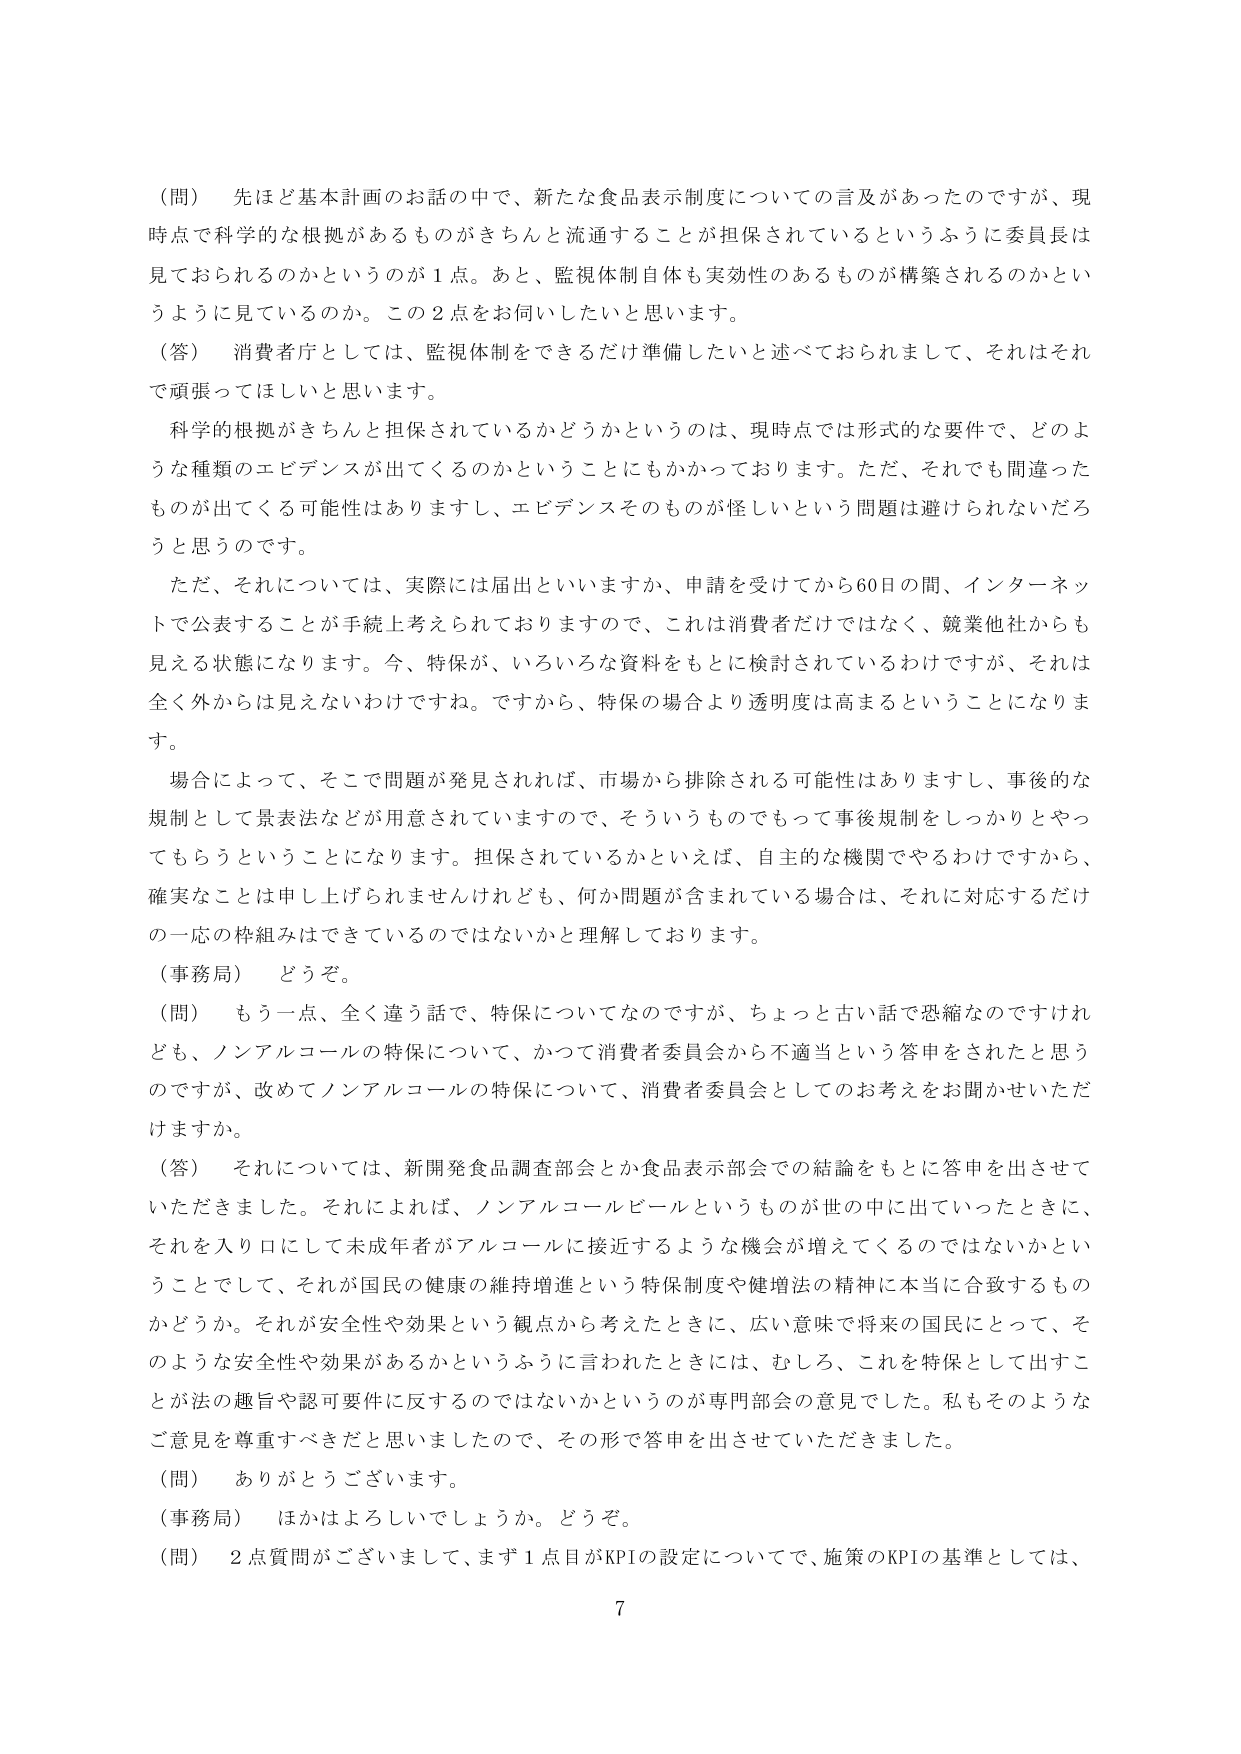
（問） 先ほど基本計画のお話の中で、新たな食品表示制度についての言及があったのですが、現時点で科学的な根拠があるものがきちんと流通することが担保されているというふうに委員長は見ておられるのかというのが１点。あと、監視体制自体も実効性のあるものが構築されるのかというように見ているのか。この２点をお伺いしたいと思います。

（答） 消費者庁としては、監視体制をできるだけ準備したいと述べておられまして、それはそれで頑張ってほしいと思います。

　科学的根拠がきちんと担保されているかどうかというのは、現時点では形式的な要件で、どのような種類のエビデンスが出てくるのかということもかかっております。ただ、それでも間違ったものが出てくる可能性はありますし、エビデンスそのものが怪しいという問題は避けられないだろうと思うのです。

　ただ、それについては、実際には届出といいますか、申請を受けてから60日の間、インターネットで公表することが手続上考えられておりますので、これは消費者だけではなく、競業他社からも見える状態になります。今、特保が、いろいろな資料をもとに検討されているわけですが、それは全く外からは見えないわけですね。ですから、特保の場合より透明度は高まるということになります。

　場合によって、そこで問題が発見されれば、市場から排除される可能性はありますし、事後的な規制として景表法などが用意されていますので、そういうものでもって事後規制をしっかりやってもらうということになります。担保されているかといえば、自主的な機関でやるわけですから、確実なことは申し上げられませんけれども、何か問題が含まれている場合は、それに対応するだけの一応の枠組みはできているのではないかと理解しております。

（事務局） どうぞ。

（問） もう一点、全く違う話で、特保についてなのですが、ちょっと古い話で恐縮なのですが、ノンアルコールの特保について、かつて消費者委員会から不適当という答申をされたと思うのですが、改めてノンアルコールの特保について、消費者委員会としてのお考えをお聞かせいただけますか。

（答） それについては、新開発食品調査部会とか食品表示部会での結論をもとに答申を出させていただきました。それによれば、ノンアルコールビールというものが世の中出ていったときに、それを入り口にして未成年者がアルコールに接近するような機会が増えてくるのではないかということでして、それが国民の健康の維持増進という特保制度や健増法の精神に本当に合致するものかどうか。それが安全性や効果という観点から考えたときに、広い意味で将来の国民にとって、そのような安全性や効果があるかというふうに言われたときには、むしろ、これを特保として出すことが法の趣旨や認可要件に反するのではないかというのが専門部会の意見でした。私もそのようなご意見を尊重すべきだと思いましたので、その形で答申を出させていただきました。

（問） ありがとうございます。

（事務局） ほかはよろしいでしょうか。どうぞ。

（問） ２点質問がございまして、まず１点目がKPIの設定についてで、施策のKPIの基準としては、

7